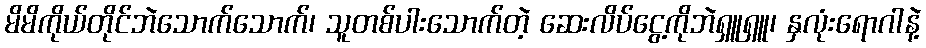
မိမိကိုယ်တိုင်ဘဲသောက်သောက်၊ သူတစ်ပါးသောက်တဲ့ ဆေးလိပ်ငွေ့ကိုဘဲရှူရှူ၊ နှလုံးရောဂါနဲ့